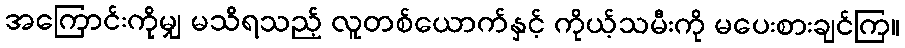
အကြောင်းကိုမျှ မသိရသည့် လူတစ်ယောက်နှင့် ကိုယ့်သမီးကို မပေးစားချင်ကြ။